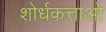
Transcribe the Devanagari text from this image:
शोर्धकत्ताओं